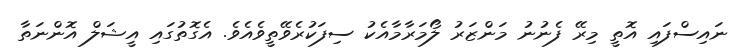
ނައިސްފައި އޮތީ މިރޭ ފެނުނު މަންޒަރު ލޯމަރާމާއެކު ސިފަކުރެވޭތީވެއެވެ. އެގޮތުގައި އީޝަލް އޮންނަތާ